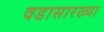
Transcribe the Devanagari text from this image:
वडासारख्या